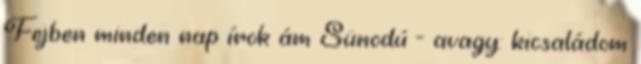
Fejben minden nap írok ám Sünodú - avagy: kicsaládom